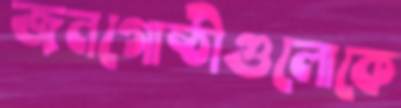
জনগোষ্ঠীগুলোকে